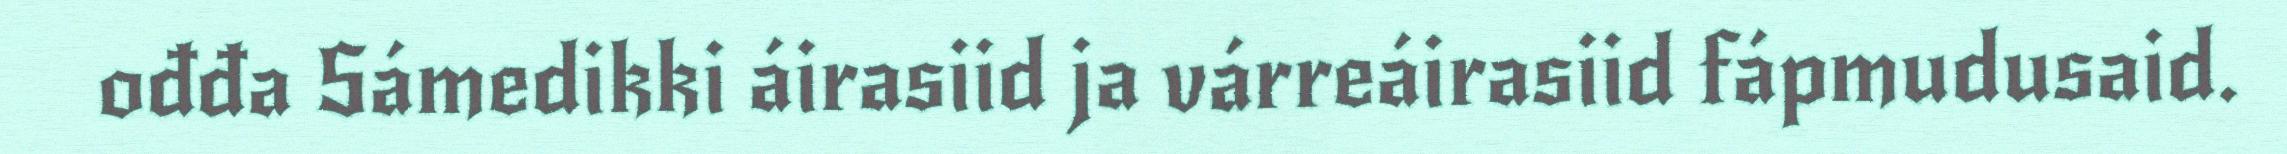
ođđa Sámedikki áirasiid ja várreáirasiid fápmudusaid.